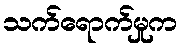
သက်ရောက်မှုက